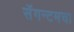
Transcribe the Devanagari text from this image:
सॅगन्टमचा